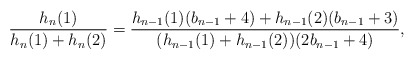
\begin{align*}\frac{h_n(1)}{h_n(1)+h_n(2)}=\frac{h_{n-1}(1)(b_{n-1}+4)+h_{n-1}(2)(b_{n-1}+3)}{(h_{n-1}(1)+h_{n-1}(2))(2b_{n-1}+4)},\end{align*}